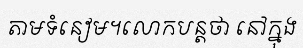
តាមទំនៀម។លោកបន្តថា នៅក្នុង